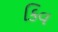
કિવ